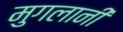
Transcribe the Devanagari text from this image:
मुगलानी